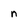
Character: n